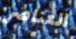
العناصر